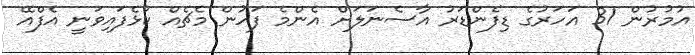
އުމުރުން 31 އަހަރުގެ ޑިފެންޑަރު އާސެނަލަށް އެންމެ ފަހުން މެޗެއް ކުޅެފައިވަނީ އެފްއޭ